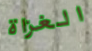
الغزاة